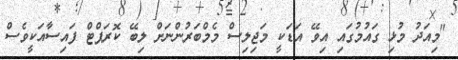
"މިއަދު މުޅި ގައުމުގައި އިވޭ އަޑަކީ މަޖިލިސް މެމްބަރުންނަށް ލިބޭ ކޮރަޕްޓް ފައިސާއަކީވެސް